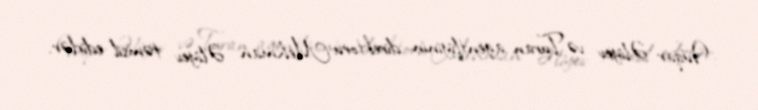
Vüqar Əliyev və Turan agentliyinin direktoru Mehman Əliyev təmsil edirlər.